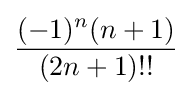
{\frac {(-1)^{n}(n+1)}{(2n+1)!!}}